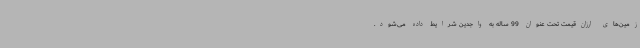
زمین‌های ارزان‌قیمت تحت عنوان 99 ساله به واجدین شرایط داده می‌شود.